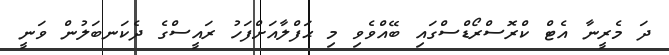
ދަ މެރީނާ އެޓް ކްރޮސްރޯޑްސްގައި ބޭއްވެވި މި ޙަފްލާއަށްފަހު ރައީސްގެ ދެކަނބަލުން ވަނީ